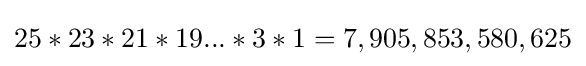
25*23*21*19...*3*1=7,905,853,580,625